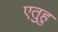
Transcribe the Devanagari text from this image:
एतुहु